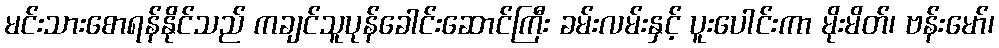
မင်းသားစောရန်နိုင်သည် ကချင်သူပုန်ခေါင်းဆောင်ကြီး ခမ်းလမ်းနှင့် ပူးပေါင်းကာ မိုးမိတ်၊ ဗန်းမော်၊